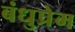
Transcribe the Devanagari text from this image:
बंधुप्रेम